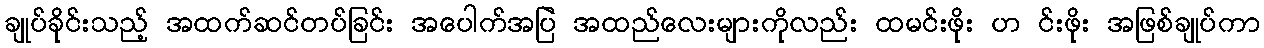
ချုပ်ခိုင်းသည့် အထက်ဆင်တပ်ခြင်း အပေါက်အပြဲ အထည်လေးများကိုလည်း ထမင်းဖိုး ဟ င်းဖိုး အဖြစ်ချုပ်ကာ